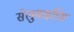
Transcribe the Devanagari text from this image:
सेलुसाइडिस